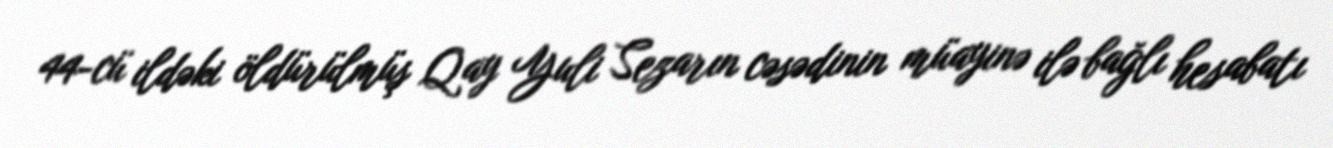
44-cü ildəki öldürülmüş Qay Yuli Sezarın cəsədinin müayinə ilə bağlı hesabatı